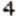
4